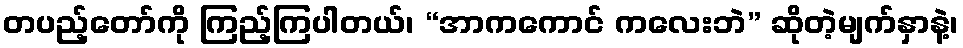
တပည့်တော်ကို ကြည့်ကြပါတယ်၊ “အာကကောင် ကလေးဘဲ” ဆိုတဲ့မျက်နှာနဲ့၊